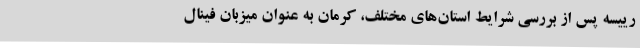
رییسه پس از بررسی شرایط استان‌های مختلف، کرمان به عنوان میزبان فینال